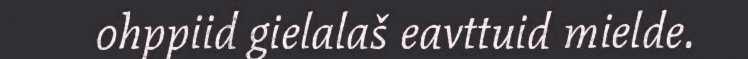
ohppiid gielalaš eavttuid mielde.